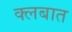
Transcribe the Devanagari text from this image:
क्‍लबात